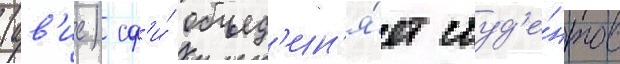
(ав'ис) сф'и́ объед'ин'я́ет студ'е́нтов